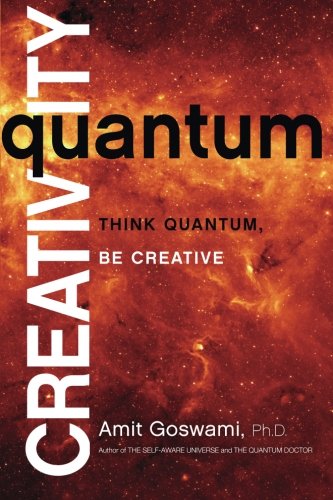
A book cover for Quantum Creativity: Think Quantum, Be Creative; Amit Goswami; Health, Fitness & Dieting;